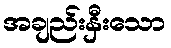
အချည်းနှီးသော